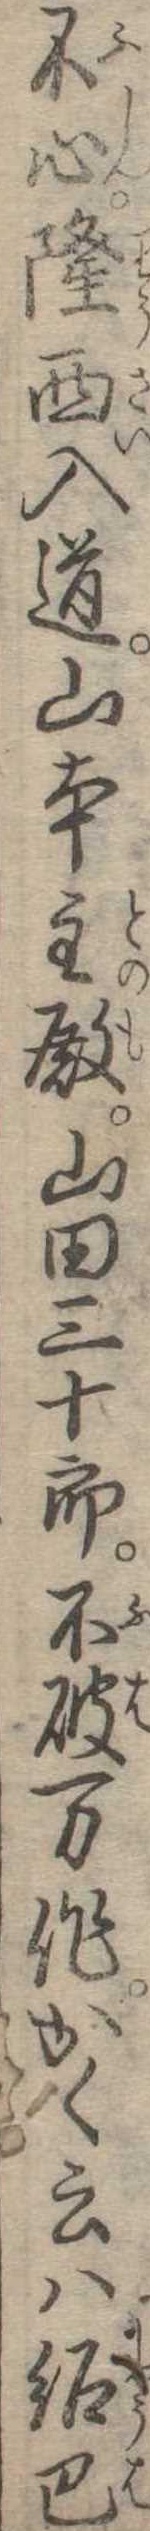
不心隆西入道山本主殿山田三十郎不破万作かく云は紹巴